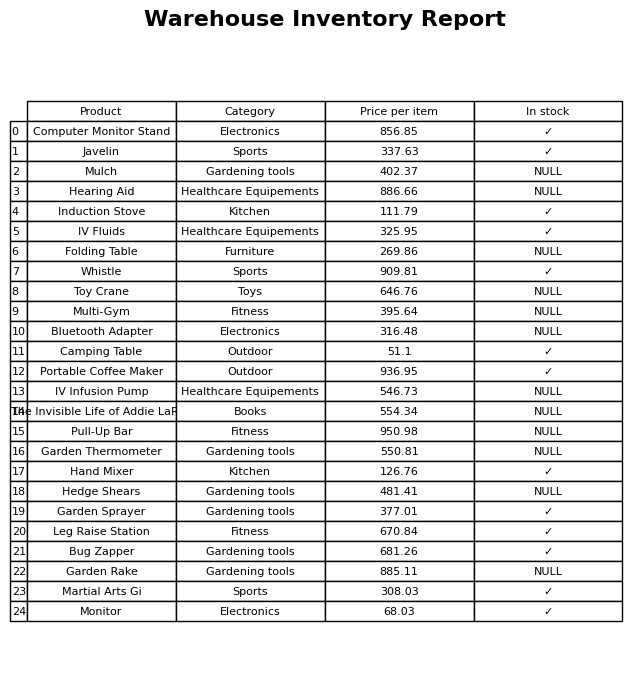
question: What is the stock status of the Whistle?
answer: ✓